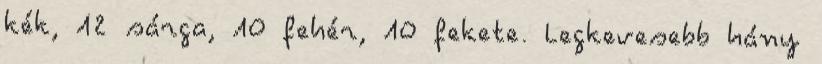
kék, 12 sárga, 10 fehér, 10 fekete. Legkevesebb hány